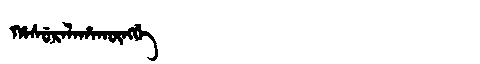
Manchu: ᡥᠠᠰᡠᡵᠠᠯᠠᡥᠠᡴᡡᠩᡤᡝ
Romanization: HASURALAHAKŪNGGE